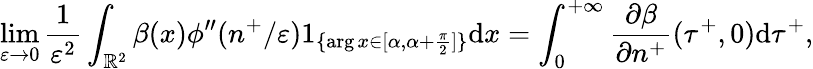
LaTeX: \operatorname*{lim}_{\varepsilon\to 0}\frac{1}{\varepsilon^{2}}\int_{\mathbb{R}^{2}}\beta(x)\phi^{\prime\prime}(n^{+}/\varepsilon)1_{\{ \arg x\in[\alpha,\alpha+\frac{\pi}{2}]\} }\textrm{d}x=\int_{0}^{+\infty}\frac{\partial\beta}{\partial n^{+}}(\tau^{+},0)\textrm{d}\tau^{+},